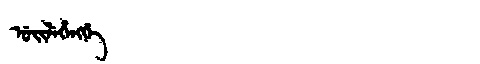
Manchu: ᡠᡳᠯᡝᡥᡝᠩᡤᡝ
Romanization: UILEHENGGE